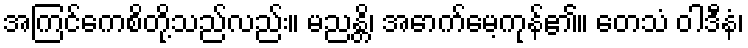
အကြင်ကေစိတို့သည်လည်း။ မညန္တိ၊ အောက်မေ့ကုန်၏။ တေသံ ဝါဒီနံ၊